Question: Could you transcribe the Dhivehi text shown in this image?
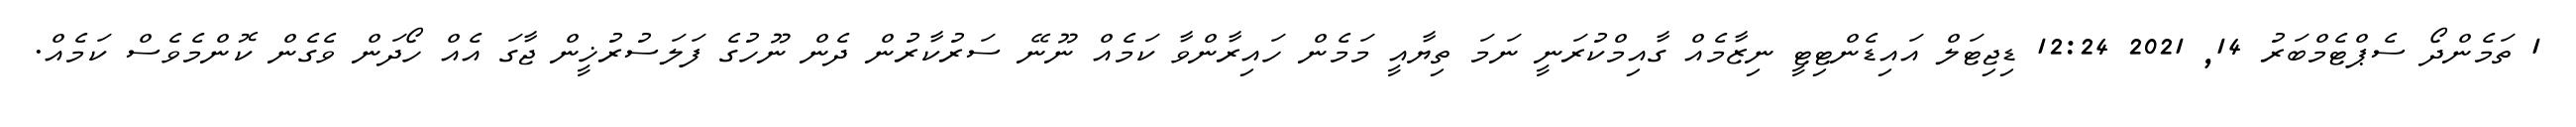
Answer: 1 ތަމެންދޯ ސެޕްޓެމްބަރު 14, 2021 12:24 ޑިޖިޓަލް އައިޑެންޓިޓީ ނިޒާމެއް ގާއިމްކުރަނީ ނަމަ ތިޔާއީ މަމެން ހައިރާންވާ ކަމެއް ނޫނޭ ސަރުކާރުން ދެން ނޫހުގެ ފަލަސުރުޚީން ޖާގަ އެއް ހޯދަން ވެގެން ކޮންމެވެސް ކަމެއް.